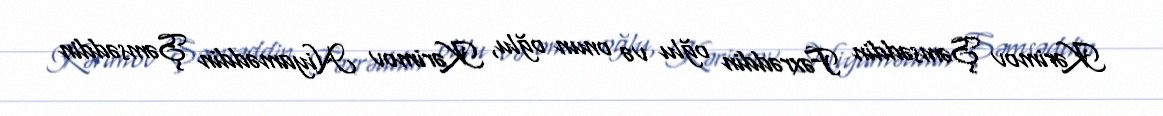
Kərimov Şəmsəddin Fəxrəddin oğlu və onun oğlu, Kərimov Niyaməddin Şəmsəddin